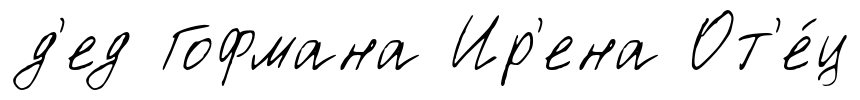
д'ед Гофмана Ир'ена От'е́ц